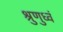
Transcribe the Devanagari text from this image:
श्रुणुध्वं